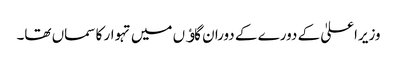
وزیراعلیٰ کے دورے کے دوران گاﺅں میں تہوار کا سماں تھا۔